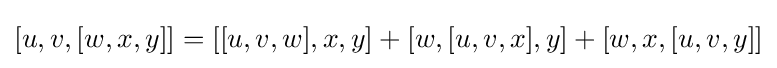
[u,v,[w,x,y]]=[[u,v,w],x,y]+[w,[u,v,x],y]+[w,x,[u,v,y]]